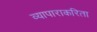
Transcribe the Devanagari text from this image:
व्यापाराकरिता